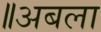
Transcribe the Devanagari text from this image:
॥अबला